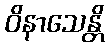
ဝိနာသေန္တိ